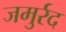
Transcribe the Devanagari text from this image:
जमुर्रद